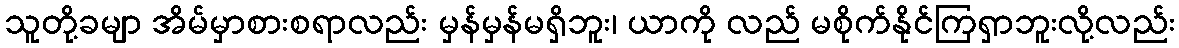
သူတို့ခမျာ အိမ်မှာစားစရာလည်း မှန်မှန်မရှိဘူး၊ ယာကို လည် မစိုက်နိုင်ကြရှာဘူးလို့လည်း